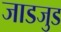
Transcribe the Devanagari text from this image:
जाडजुड